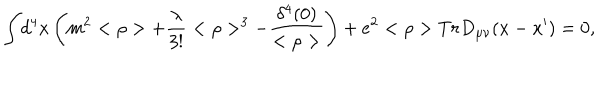
{ \int } d ^ { 4 } x \left( m ^ { 2 } < \rho > + \frac { \lambda } { 3 ! } < \rho > ^ { 3 } - \frac { \delta ^ { 4 } ( 0 ) } { < \rho > } \right) + e ^ { 2 } < \rho > T r D _ { \mu \nu } ( x - x ^ { \prime } ) = 0 ,